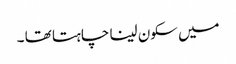
میں سکون لینا چاہتا تھا ۔